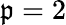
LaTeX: \mathfrak{p}=2